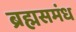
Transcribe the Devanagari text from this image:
ब्रह्मसमंध